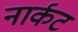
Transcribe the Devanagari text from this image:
नार्कट